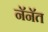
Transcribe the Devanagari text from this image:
नॅनॅत